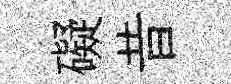
礙昔